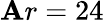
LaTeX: \mathbf{A}r=24